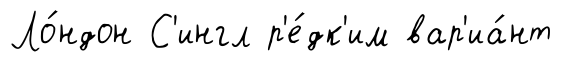
Ло́ндон С'ингл р'е́дк'им вар'иа́нт